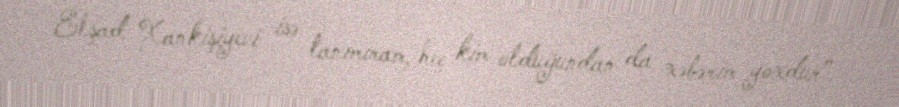
Elşad Xankişiyevi isə tanımıram, heç kim olduğundan da xəbərim yoxdur”.